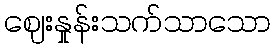
ဈေးနှုန်းသက်သာသော